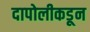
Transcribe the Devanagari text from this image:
दापोलीकडून